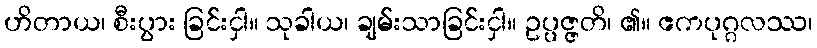
ဟိတာယ၊ စီးပွား ခြင်းငှါ။ သုခါယ၊ ချမ်းသာခြင်းငှါ။ ဥပ္ပဇ္ဇတိ၊ ၏။ ဧကပုဂ္ဂလဿ၊